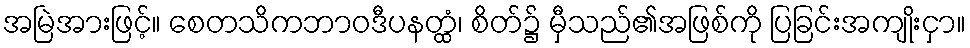
အမြဲအားဖြင့်။ စေတသိကဘာဝဒီပနတ္ထံ၊ စိတ်၌ မှီသည်၏အဖြစ်ကို ပြခြင်းအကျိုးငှာ။